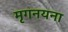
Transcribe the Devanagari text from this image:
मृगनयना